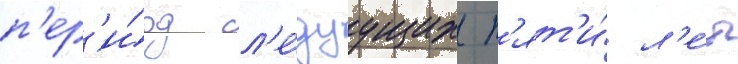
п'ер'и́од сл'е́дуущих п'ят'и́ л'е́т